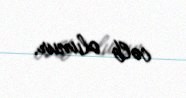
cəlb olunur.